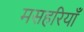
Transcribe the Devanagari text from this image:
मसहरियाँ